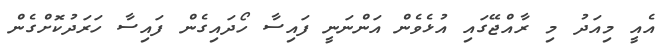
އެއީ މިއަދު މި ރާއްޖޭގައި އުޅެވެން އަންނަނީ ފައިސާ ހޯދައިގެން ފައިސާ ހަރަދުކޮށްގެން